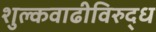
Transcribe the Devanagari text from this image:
शुल्कवाढीविरुद्ध